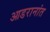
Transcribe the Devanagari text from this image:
आडरानांत